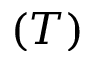
( T )